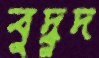
বুদ্বুদ